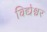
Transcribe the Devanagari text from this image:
विद्येश्वर